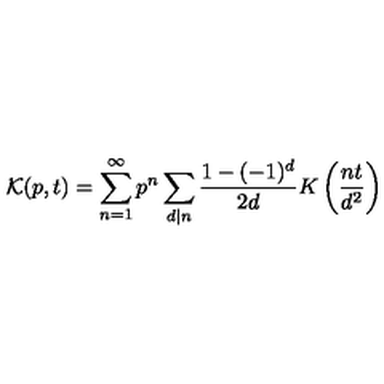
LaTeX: \mathcal { K } ( p , t ) = \sum _ { n = 1 } ^ { \infty } p ^ { n } \sum _ { d | n } \frac { 1 - ( - 1 ) ^ { d } } { 2 d } K \left( \frac { n t } { d ^ { 2 } } \right)